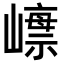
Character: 𡼺